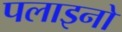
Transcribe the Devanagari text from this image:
पलाइनो